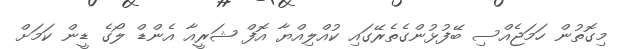
މިގޮތުން ހަމަޖެއްސި ބޭފުޅުންގެތެރޭގައި ކުއްލިއްޔާ އޮފް ޝަރީއާ އެންޑް ލޯގެ ޑީން ކަމަށް